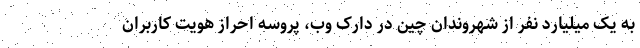
به یک میلیارد نفر از شهروندان چین در دارک وب، پروسه احراز هویت کاربران